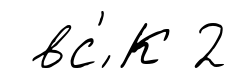
вс'́ К 2